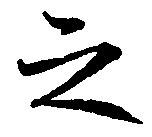
之